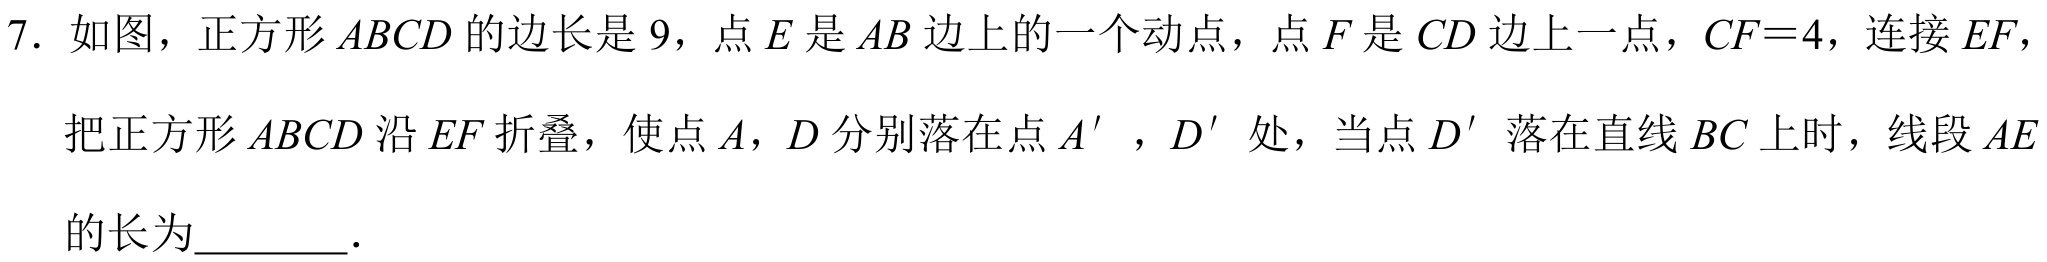
7. 如图，正方形\(ABCD\)的边长是\(9\)，点\(E\)是\(AB\)边上的一个动点，点\(F\)是\(CD\)边上一点，\(CF = 4\)，连接\(EF\)，把正方形\(ABCD\)沿\(EF\)折叠，使点\(A\)，\(D\)分别落在点\(A'\)，\(D'\)处，当点\(D'\)落在直线\(BC\)上时，线段\(AE\)的长为  ．